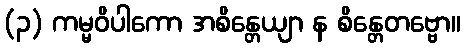
(၃) ကမ္မဝိပါကော အစိန္တေယျာ န စိန္တေတဗ္ဗော။